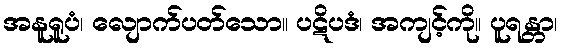
အနူရူပံ၊ လျောက်ပတ်သော။ ပဋိပဒံ၊ အကျင့်ကို။ ပူရန္တာ၊